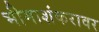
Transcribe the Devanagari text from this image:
भीमाशंकरावर